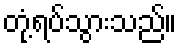
တုံ့ရပ်သွားသည်။